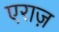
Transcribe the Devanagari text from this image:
एराज़